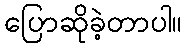
ပြောဆိုခဲ့တာပါ။